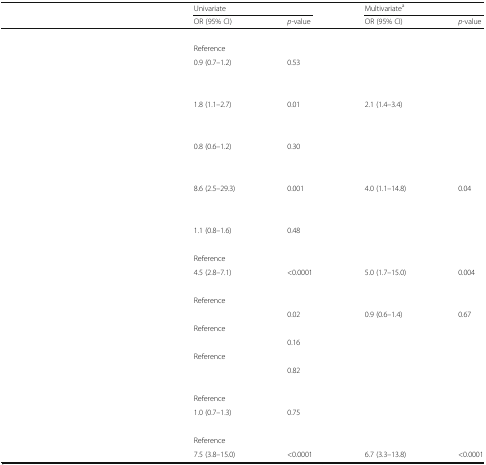
<table><thead><tr><td>[EMPTY_CELL]</td><td colspan="2"><b>Univariate</b></td><td colspan="2"><b>Multivariate<sup>a</sup></b></td></tr><tr><td>[EMPTY_CELL]</td><td><b>OR (95% CI)</b></td><td><b><i>p</i>-value</b></td><td><b>OR (95% CI)</b></td><td><b><i>p</i>-value</b></td></tr></thead><tbody><tr><td>[EMPTY_CELL]</td><td>[EMPTY_CELL]</td><td>[EMPTY_CELL]</td><td>[EMPTY_CELL]</td><td>[EMPTY_CELL]</td></tr><tr><td>[EMPTY_CELL]</td><td>Reference</td><td>[EMPTY_CELL]</td><td>[EMPTY_CELL]</td><td>[EMPTY_CELL]</td></tr><tr><td>[EMPTY_CELL]</td><td>0.9 (0.7–1.2)</td><td>0.53</td><td>[EMPTY_CELL]</td><td>[EMPTY_CELL]</td></tr><tr><td>[EMPTY_CELL]</td><td>[EMPTY_CELL]</td><td>[EMPTY_CELL]</td><td>[EMPTY_CELL]</td><td>[EMPTY_CELL]</td></tr><tr><td>[EMPTY_CELL]</td><td>[EMPTY_CELL]</td><td>[EMPTY_CELL]</td><td>[EMPTY_CELL]</td><td>[EMPTY_CELL]</td></tr><tr><td>[EMPTY_CELL]</td><td>1.8 (1.1–2.7)</td><td>0.01</td><td>2.1 (1.4–3.4)</td><td>[EMPTY_CELL]</td></tr><tr><td>[EMPTY_CELL]</td><td>[EMPTY_CELL]</td><td>[EMPTY_CELL]</td><td>[EMPTY_CELL]</td><td>[EMPTY_CELL]</td></tr><tr><td>[EMPTY_CELL]</td><td>[EMPTY_CELL]</td><td>[EMPTY_CELL]</td><td>[EMPTY_CELL]</td><td>[EMPTY_CELL]</td></tr><tr><td>[EMPTY_CELL]</td><td>0.8 (0.6–1.2)</td><td>0.30</td><td>[EMPTY_CELL]</td><td>[EMPTY_CELL]</td></tr><tr><td>[EMPTY_CELL]</td><td>[EMPTY_CELL]</td><td>[EMPTY_CELL]</td><td>[EMPTY_CELL]</td><td>[EMPTY_CELL]</td></tr><tr><td>[EMPTY_CELL]</td><td>[EMPTY_CELL]</td><td>[EMPTY_CELL]</td><td>[EMPTY_CELL]</td><td>[EMPTY_CELL]</td></tr><tr><td>[EMPTY_CELL]</td><td>8.6 (2.5–29.3)</td><td>0.001</td><td>4.0 (1.1–14.8)</td><td>0.04</td></tr><tr><td>[EMPTY_CELL]</td><td>[EMPTY_CELL]</td><td>[EMPTY_CELL]</td><td>[EMPTY_CELL]</td><td>[EMPTY_CELL]</td></tr><tr><td>[EMPTY_CELL]</td><td>[EMPTY_CELL]</td><td>[EMPTY_CELL]</td><td>[EMPTY_CELL]</td><td>[EMPTY_CELL]</td></tr><tr><td>[EMPTY_CELL]</td><td>1.1 (0.8–1.6)</td><td>0.48</td><td>[EMPTY_CELL]</td><td>[EMPTY_CELL]</td></tr><tr><td>[EMPTY_CELL]</td><td>[EMPTY_CELL]</td><td>[EMPTY_CELL]</td><td>[EMPTY_CELL]</td><td>[EMPTY_CELL]</td></tr><tr><td>[EMPTY_CELL]</td><td>Reference</td><td>[EMPTY_CELL]</td><td>[EMPTY_CELL]</td><td>[EMPTY_CELL]</td></tr><tr><td>[EMPTY_CELL]</td><td>4.5 (2.8–7.1)</td><td>&lt;0.0001</td><td>5.0 (1.7–15.0)</td><td>0.004</td></tr><tr><td>[EMPTY_CELL]</td><td>[EMPTY_CELL]</td><td>[EMPTY_CELL]</td><td>[EMPTY_CELL]</td><td>[EMPTY_CELL]</td></tr><tr><td>[EMPTY_CELL]</td><td>Reference</td><td>[EMPTY_CELL]</td><td>[EMPTY_CELL]</td><td>[EMPTY_CELL]</td></tr><tr><td>[EMPTY_CELL]</td><td>[EMPTY_CELL]</td><td>0.02</td><td>0.9 (0.6–1.4)</td><td>0.67</td></tr><tr><td>[EMPTY_CELL]</td><td>Reference</td><td>[EMPTY_CELL]</td><td>[EMPTY_CELL]</td><td>[EMPTY_CELL]</td></tr><tr><td>[EMPTY_CELL]</td><td>[EMPTY_CELL]</td><td>0.16</td><td>[EMPTY_CELL]</td><td>[EMPTY_CELL]</td></tr><tr><td>[EMPTY_CELL]</td><td>Reference</td><td>[EMPTY_CELL]</td><td>[EMPTY_CELL]</td><td>[EMPTY_CELL]</td></tr><tr><td>[EMPTY_CELL]</td><td>[EMPTY_CELL]</td><td>0.82</td><td>[EMPTY_CELL]</td><td>[EMPTY_CELL]</td></tr><tr><td>[EMPTY_CELL]</td><td>[EMPTY_CELL]</td><td>[EMPTY_CELL]</td><td>[EMPTY_CELL]</td><td>[EMPTY_CELL]</td></tr><tr><td>[EMPTY_CELL]</td><td>Reference</td><td>[EMPTY_CELL]</td><td>[EMPTY_CELL]</td><td>[EMPTY_CELL]</td></tr><tr><td>[EMPTY_CELL]</td><td>1.0 (0.7–1.3)</td><td>0.75</td><td>[EMPTY_CELL]</td><td>[EMPTY_CELL]</td></tr><tr><td>[EMPTY_CELL]</td><td>[EMPTY_CELL]</td><td>[EMPTY_CELL]</td><td>[EMPTY_CELL]</td><td>[EMPTY_CELL]</td></tr><tr><td>[EMPTY_CELL]</td><td>Reference</td><td>[EMPTY_CELL]</td><td>[EMPTY_CELL]</td><td>[EMPTY_CELL]</td></tr><tr><td>[EMPTY_CELL]</td><td>7.5 (3.8–15.0)</td><td>&lt;0.0001</td><td>6.7 (3.3–13.8)</td><td>&lt;0.0001</td></tr></tbody></table>